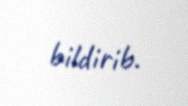
bildirib.